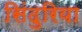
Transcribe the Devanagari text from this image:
सिंदुरिया